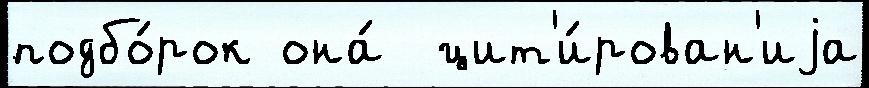
подбо́рок она́  цит'и́рован'иjа